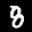
Label: 8